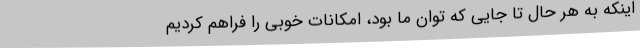
اینکه به هر حال تا جایی که توان ما بود، امکانات خوبی را فراهم کردیم